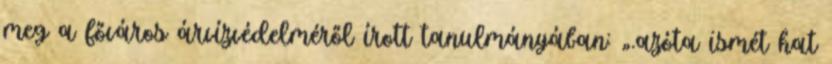
meg a főváros árvízvédelméről írott tanulmányában: „.azóta ismét hat